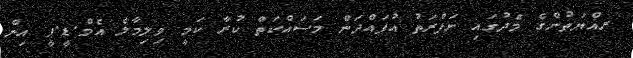
ރއްޔަތުންގެ މެދުގައި ނަފްރަތު އުފައްދަން މަސައްކަތް ކުރާ ކަމީ ވިލިމާލެ އެމް.ޑީ.ޕީ އިން